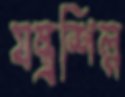
যন্ত্রশিল্প